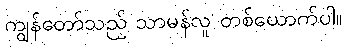
ကျွန်တော်သည် သာမန်လူ တစ်ယောက်ပါ။